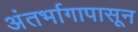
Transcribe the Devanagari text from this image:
अंतर्भागापासून